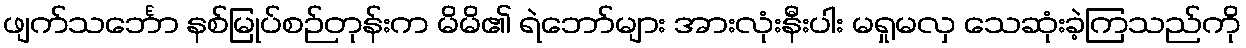
ဖျက်သင်္ဘော နစ်မြုပ်စဉ်တုန်းက မိမိ၏ ရဲဘော်များ အားလုံးနီးပါး မရှုမလှ သေဆုံးခဲ့ကြသည်ကို